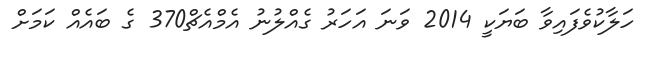
ހަލާކުވެފައިވާ ބަޔަކީ 2014 ވަނަ އަހަރު ގެއްލުނު އެމްއެޗް370 ގެ ބައެއް ކަމަށް